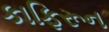
કાફિરૂન